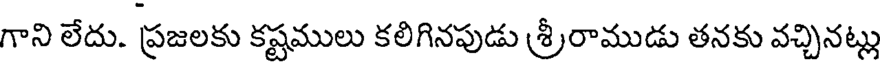
గాని లేదు. ప్రజలకు కష్టములు కలిగినపుడు శ్రీరాముడు తనకు వచ్చినట్లు